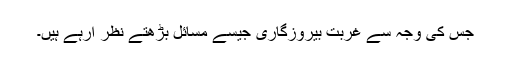
جس کی وجہ سے غربت بیروزگاری جیسے مسائل بڑھتے نظر آرہے ہیں۔